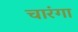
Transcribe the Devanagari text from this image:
चारंगा